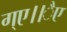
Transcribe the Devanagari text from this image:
ग्ए।।ैए